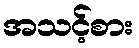
အသင့်စား